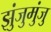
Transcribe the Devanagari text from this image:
झुंजुमुंजु